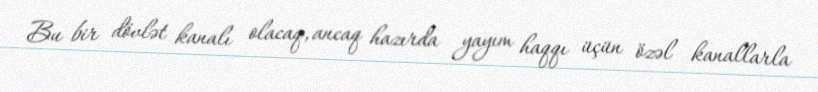
Bu bir dövlət kanalı olacaq, ancaq hazırda yayım haqqı üçün özəl kanallarla